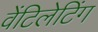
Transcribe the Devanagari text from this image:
वेंटिलेटिंग